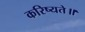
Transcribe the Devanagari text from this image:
करिष्यते॥